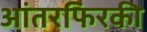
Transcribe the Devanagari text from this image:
आंतरफिरकी